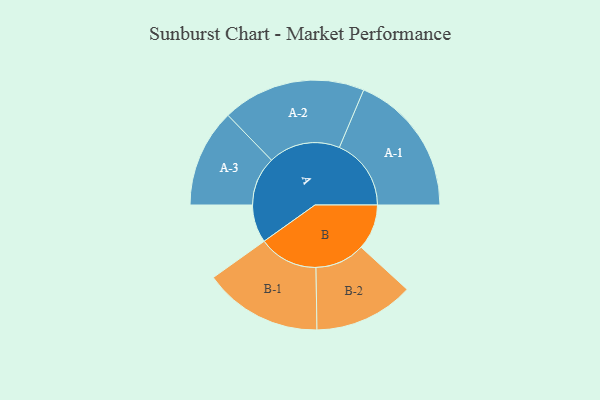
{"axis": {"x": "Segment", "y": "Value"}, "legend": ["", "A", "B"], "data": [{"x": "A", "y": 137, "type": ""}, {"x": "B", "y": 164, "type": ""}, {"x": "A-1", "y": 259, "type": "A"}, {"x": "A-2", "y": 259, "type": "A"}, {"x": "A-3", "y": 177, "type": "A"}, {"x": "B-1", "y": 214, "type": "B"}, {"x": "B-2", "y": 180, "type": "B"}]}